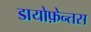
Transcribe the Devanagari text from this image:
डायोफ़ेन्तस